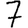
Digit: 7